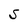
Character: S